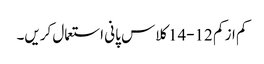
کم از کم 12-14کلاس پانی استعمال کریں۔